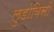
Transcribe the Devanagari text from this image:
लुडोविसी